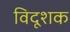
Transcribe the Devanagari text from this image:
विदूशक